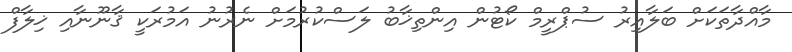
މާއްދާތަކަށް ބަލާއިރު ސުޕްރީމް ކޯޓުން އިންތިޚާބު ލަސްކުރުމަށް ނެރުނު އަމުރަކީ ޤާނޫނާއި ޚިލާފް